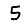
Digit: 5